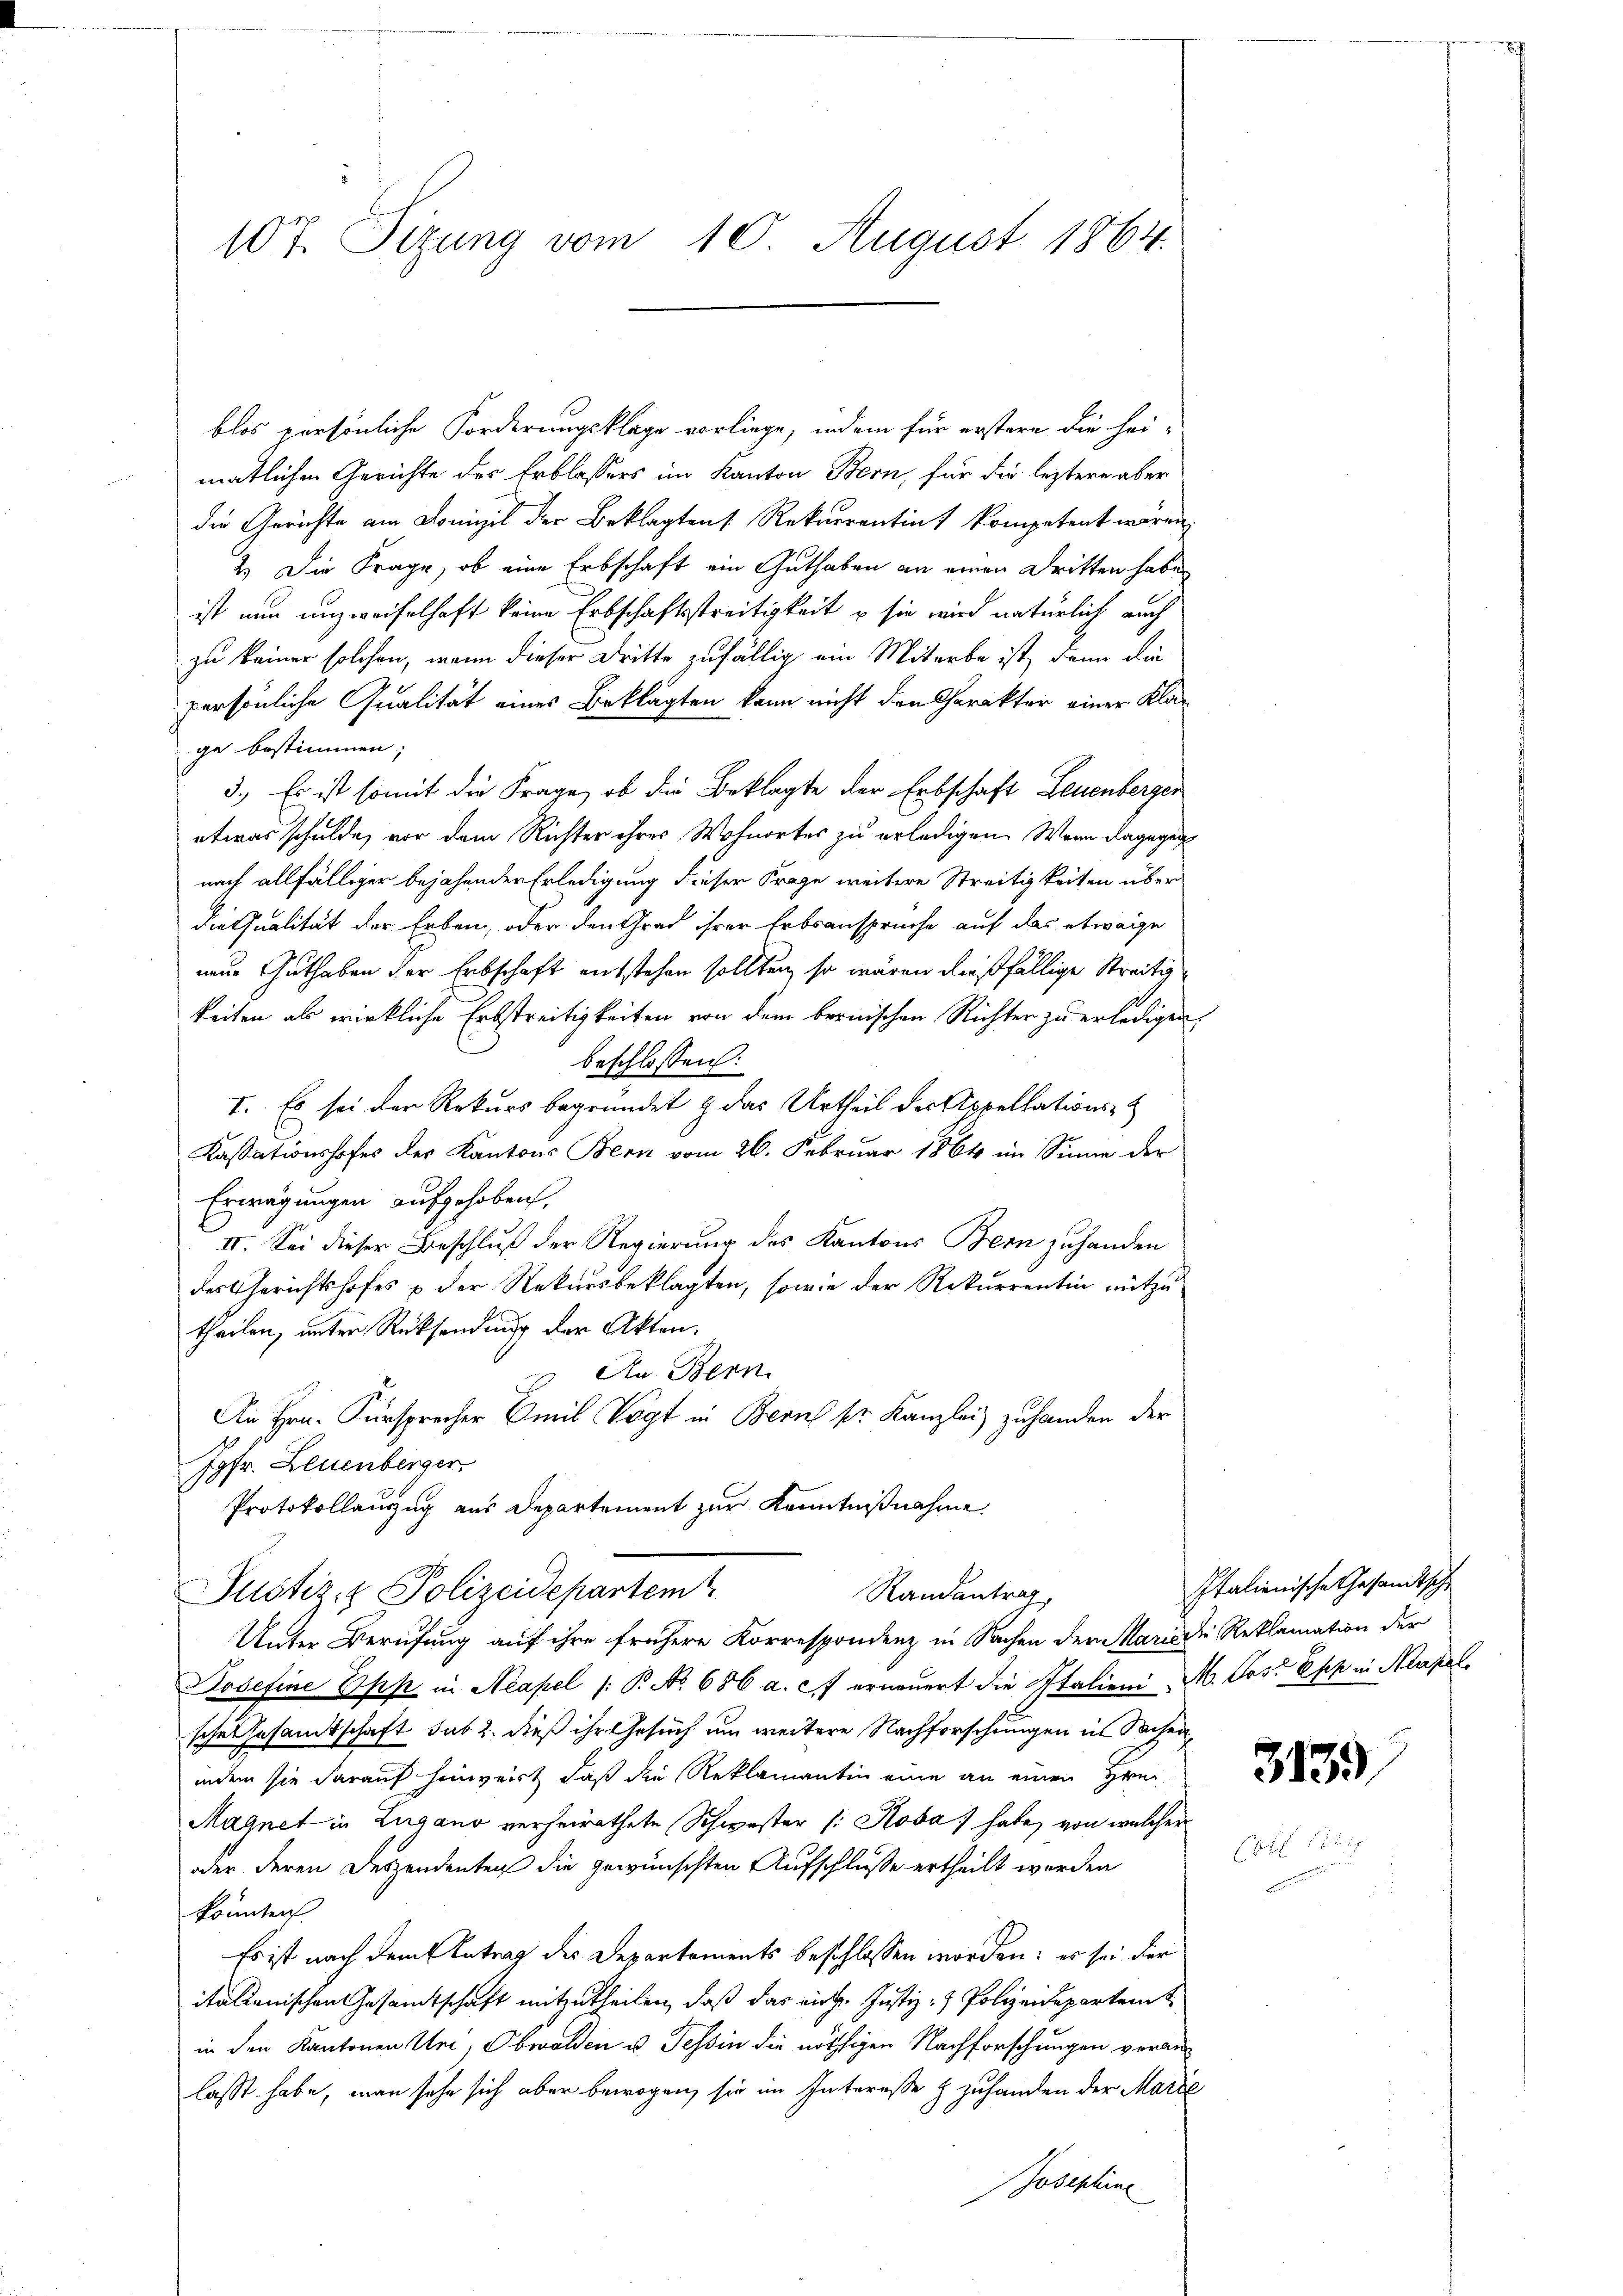
107. Sizung vom 10. August 1864.

blos persönliche Forderungsklage vorliege, indem für erstere die hei-
matlichen Gerichte des Erblassers im Kanton Bern, für die leztere aber
die Gerichte am Domizil der Beklagten Rekurrentint kompetent wären,
2.) Die Frage, ob eine Erbschaft ein Guthaben an einen Dritten habe
 ist nun unzweifelhaft keine Erbschaftsstreitigkeit u sie wird natürlich auch
zu keiner solchen, wenn dieser Dritte zufällig ein Miterbe ist, dann die
persönliche Qualität eines Beklagten kann nicht den Charakter einer Klage bestimmen;
3.) Es ist somit die Frage, ob die Beklagte der Erbschaft Leuenberger
etwas schulde, vor dem Richter ihres Wohnortes zu erledigen. Wenn dagegen
nach allfälliger bejahender Erledigung dieser Frage weitere Streitigkeiten über
diessualität der Erben, oder den Grad ihrer Erbsansprüche auf das etwaige
neue Guthaben der Erbschaft entstehen sollten, so wären dießfällige Streitigkeiten als wirkliche Erbstreitigkeiten von dem bernischen Richter zu erledigen,
beschlossen:
I. Es sei der Rekurs begründet & das Urtheil der Appellations-
Kassationshofes des Kantons Bern vom 26. Februar 1864 im Sinne der
Erwägungen aufgehoben,
II. Sei dieser Beschluß der Regierung des Kantons Bern zuhanden.
des Gerichtshofes u der Rekursbeklagten, sowie der Rekurrentin mitzutheilen, unter Rücksendung der Akten.
An Bern
An Hrn. Fürsprecher Emil Vogt in Bern pr. Kanzlei zuhanden der
Jgfr. Leuenberger
Protokollauszug aus Departement zur Kenntnißnahme.
Justiz- & Polizeidepartem
Randentrag,
Unter Berufung auf ihre frühere Korrespondenz in Sachen der Maria die Reklamation der
Josefine Opp in Neapel /: P. No 686 a. c. erneŭert die Italieni M. Post Epp in Neapel
schen Gesamtschaft sub 2. dieß ihr Gesuch um weitere Nachforschungen in Waisenindem sie darauf hinweist, daß die Reklamantin eine an einen Hrn.
Magnet in Zugano verheirathete Schwester (: Rosa habe, von welcher
oder deren Deszendenten die gewünschten Aufschlusse ertheilt werden
könnten
Es ist nach dem Antrag des Departements beschlossen worden; es sei der
italienischen Gesandtschaft mitzutheilen, daß das eidg. Justiz- & Polizeidepartem t
in den Kantonen Uri, Obwalden u. Tessin die nöthigen Nachforschungen veranlasst habe, man sehe sich aber bewogen, sie im Interesse & zuhanden der Marie
Josephine

Italienische Gesandtsche

3139